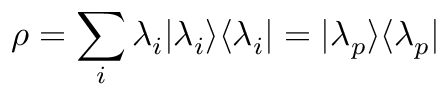
\rho = \sum _ { i } \lambda _ { i } | \lambda _ { i } \rangle \langle \lambda _ { i } | = | \lambda _ { p } \rangle \langle \lambda _ { p } |